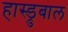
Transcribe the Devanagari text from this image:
हास्ड्रुबाल